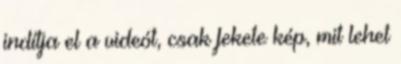
indítja el a videót, csak fekete kép, mit lehet